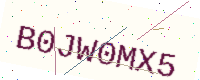
Text: B0JW0MX5